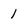
Character: 1